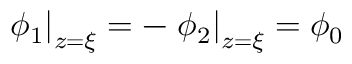
\left. \phi _ { 1 } \right| _ { z = \xi } = - \left. \phi _ { 2 } \right| _ { z = \xi } = \phi _ { 0 }